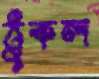
ঠুকল